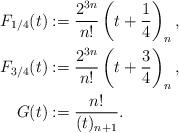
LaTeX: \begin{align*}F_{1/4}(t) &:= \frac{2^{3n}}{n!} \left( t+\frac{1}{4} \right)_n, \\F_{3/4}(t) &:= \frac{2^{3n}}{n!} \left( t+\frac{3}{4} \right)_n, \\G(t) &:= \frac{n!}{(t)_{n+1}}.\end{align*}